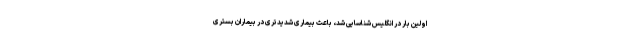
اولین بار در انگلیس شناسایی شد، باعث بیماری شدیدتری در بیماران بستری